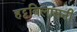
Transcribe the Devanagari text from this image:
हट्टविलासनी